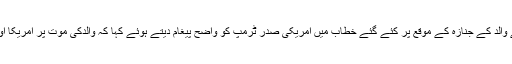
دوسری جانب زینب سلیمانی نے اپنے والد کے جنازہ کے موقع پر کئے گئے خطاب میں امریکی صدر ٹرمپ کو واضح پیغام دیتے ہوئے کہا کہ والدکی موت پر امریکا اور اسرائیل کو سیاہ دن دیکھنا پڑے گا۔